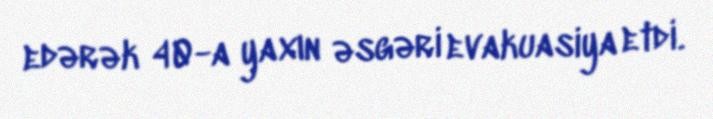
edərək 40-a yaxın əsgəri evakuasiya etdi.